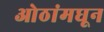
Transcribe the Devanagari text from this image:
ओठांमधून